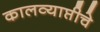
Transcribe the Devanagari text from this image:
कालव्याप्तीचे